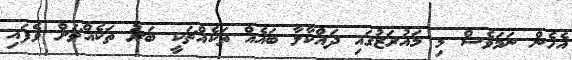
އެހެން ނަމަވެސް މި މައުރަޒުގައި ދައްކާލާ ބައެއް ތަކެއްޗަކީ ބަރު ތަކެއްޗަށް ވެފައި